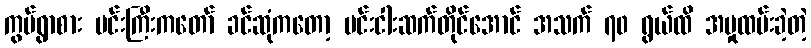
ကွပ်ရွာစား မင်းကြီးကတော် ခင်ဆုံကတော့ မင်းငါးဆက်တိုင်အောင် အသက် ၇၀ ရွယ်ထိ အမှုထမ်းခဲ့တဲ့